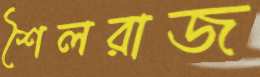
শৈলরাজ